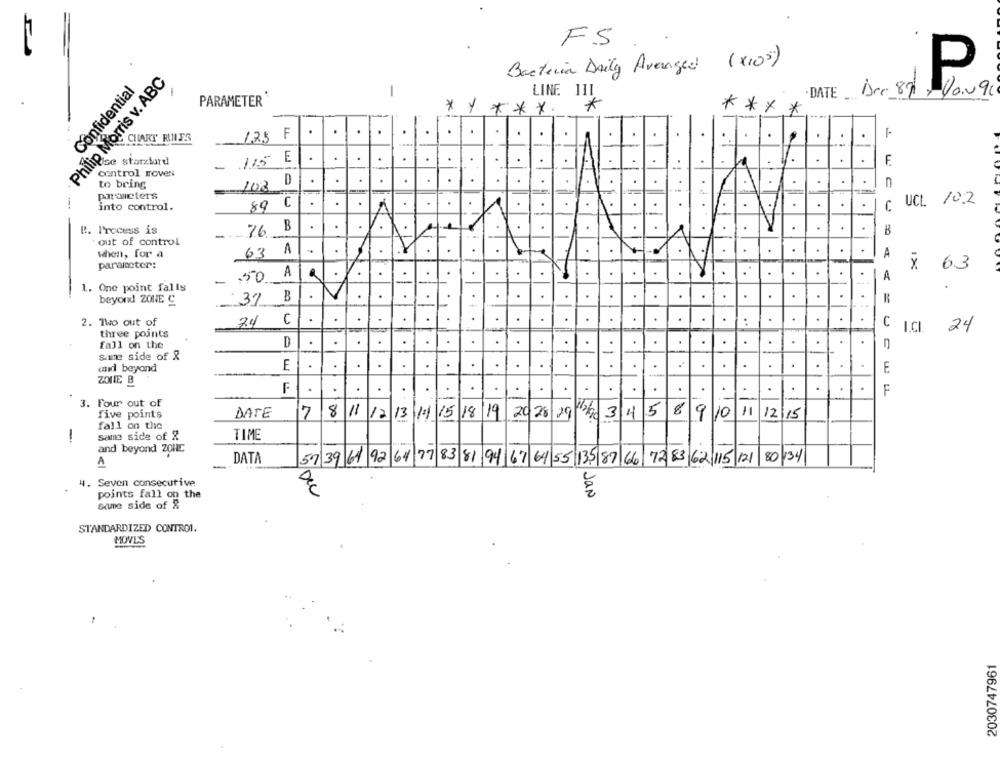
FS
Bacteria Daily Avenged (X10)
Philip Morris v. ABC
P
Confidential
-
· DATE Dec 87 -
LINE III
PARAMETER
*
* * ** * .
****
.
.
.
CHART' RULES
125 F
.
.
.
.
ise starztard
E
.
.
.
.
.
.
.
.
F
-
115
control moves
to bring
D
.
.
.
.
.
.
.
.
.
C
102
procters
. 4
-.
into control.
89 C
.
.
.
.
.
.
C
UCL 102
-
B. Process is
76
.
.
.
.
.
.
.
.
B
out of control
A
63
.
.
.
.
.
A
when, for a
.
paramoter:
× 6.3
A
.
..
.
.
.
.
.
,50
.
---
A
1. One point falls
V
.
.
.
.
.
beyond ZONE C
37
..
C
.
.
.
.
.
..
.
.
.
2. Two out of
24
C
I.C. 24
three points
.
.
.
.
.
.
.
.
.
fall on the
-
1
same side of &
E
.
.
.
.
.
E
und beyond
-
ZONE B
F
.
.
.
.
.
.
.
.
.
.
F
3. Four out of
12/0 3 4 5
five points
DATE
7811/17
13/11
11/15
15 18/19
20/28/29
9 10
11/12/15
fall on the
same side of Z
TIME
and beyond ZONE
DATA
A
--
57 39 61 92 64 77 83 81 94 67 64 55 135 87 66 72 83 62 115 121 80 134
4. Seven consecutive
points fall on the
Flow
2. Jan
Same side of &
STANDARDIZED CONTROL.
MOVES
2030747961